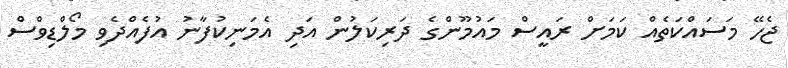
ޖެހޭ މަސައްކަތެއް ކަމަށް ރައީސް މައުމޫންގެ ދަރިކަލުން އަދި އެމަނިކުފާނު އުފެއްދެވި މޯލްޑިވްސް